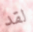
لقد